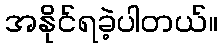
အနိုင်ရခဲ့ပါတယ်။